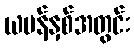
ယမန်နှစ်အတွင်း